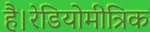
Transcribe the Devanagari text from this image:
है।रेडियोमीत्रिक